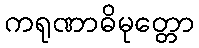
ကရုဏာဓိမုတ္တော